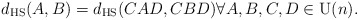
\begin{align*} d_ \textrm{HS}(A,B) = d_ \textrm{HS}(CAD,CBD) \forall A,B,C,D \in \mathrm{U}(n).\end{align*}